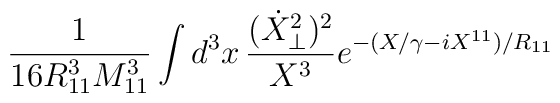
\frac{1 }{16 R^3_{11} M_{11}^3 }\int d^3 x\, \frac{ (\dot X_{\perp}^2)^2 }{ X^3} e^{-(X/\gamma - iX^{11})/R_{11}}